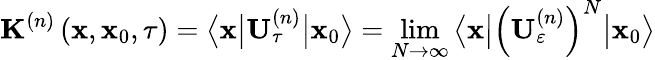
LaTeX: \mathbf{K}^{\left(n\right)}\left(\mathbf{x},\mathbf{x}_{0},\tau\right)=\big\langle\mathbf{x}\big\vert\mathbf{U}_{\tau}^{\left(n\right)}\big\vert\mathbf{x}_{0}\big\rangle=\operatorname*{lim}_{N\rightarrow\infty}\big\langle\mathbf{x}\big\vert\left(\mathbf{U}_{\varepsilon}^{\left(n\right)}\right)^{N}\big\vert\mathbf{x}_{0}\big\rangle